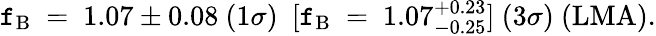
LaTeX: \mathtt{f}_{\mathrm{{B}}}~=~1.07\pm0.08~({1\sigma})~~[\mathtt{f}_{\mathrm{{B}}}~=~1.07_{-0.25}^{+0.23}]~({3\sigma})~(\mathrm{{LMA}}).